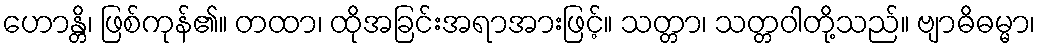
ဟောန္တိ၊ ဖြစ်ကုန်၏။ တထာ၊ ထိုအခြင်းအရာအားဖြင့်။ သတ္တာ၊ သတ္တဝါတို့သည်။ ဗျာဓိဓမ္မာ၊